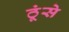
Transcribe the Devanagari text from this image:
ठूंसे